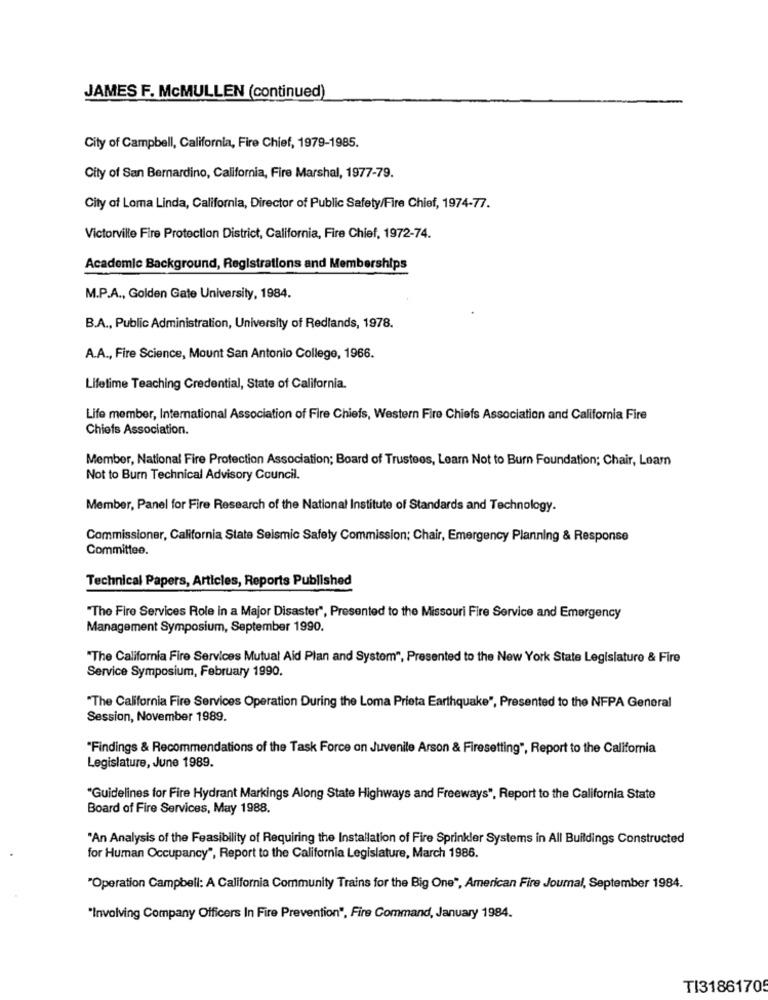
JAMES F. McMULLEN (continued)
City of Campbell, California, Fire Chief, 1979-1985.
City of San Bernardino, California, Fire Marshal, 1977-79.
City of Loma Linda, California, Director of Public Safety/Fire Chief, 1974-77.
Victorville Fire Protection District, California, Fire Chief, 1972-74.
Academic Background, Registrations and Memberships
M.P.A ., Golden Gate University, 1984.
B.A ., Public Administration, University of Redlands, 1978.
A.A ., Fire Science, Mount San Antonio College, 1966.
Lifetime Teaching Credential, State of California.
Life member, International Association of Fire Chiefs, Western Fire Chiefs Association and California Fire
Chiefs Association.
Member, National Fire Protection Association; Board of Trustees, Learn Not to Burn Foundation; Chair, Leam
Not to Burn Technical Advisory Council.
Member, Panel for Fire Research of the National Institute of Standards and Technology.
Commissioner, California State Seismic Safety Commission; Chair, Emergency Planning & Response
Committee.
Technical Papers, Articles, Reports Published
"The Fire Services Role in a Major Disaster", Presented to the Missouri Fire Service and Emergency
Management Symposium, September 1990.
"The California Fire Services Mutual Aid Plan and System", Presented to the New York State Legislature & Fire
Service Symposium, February 1990.
"The California Fire Services Operation During the Loma Prieta Earthquake", Presented to the NFPA General
Session, November 1989.
"Findings & Recommendations of the Task Force on Juvenile Arson & Firesetting", Report to the California
Legislature, June 1989.
"Guidelines for Fire Hydrant Markings Along State Highways and Freeways", Report to the California State
Board of Fire Services, May 1988.
"An Analysis of the Feasibility of Requiring the Installation of Fire Sprinkler Systems in All Buildings Constructed
for Human Occupancy", Report to the California Legislature, March 1986.
"Operation Campbell: A California Community Trains for the Big One", American Fire Joumal, September 1984.
"Involving Company Officers In Fire Prevention", Fire Command, January 1984.
TI3186170